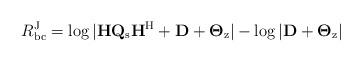
LaTeX: \begin{align*}R_\mathrm{bc}^{\rm J} = \log{|\mathbf{H}\mathbf{Q}_\mathrm{s}\mathbf{H}^\mathrm{H}+ \mathbf{D} +\mathbf{\Theta}_\mathrm{z}|} -\log{|\mathbf{D}+\mathbf{\Theta}_\mathrm{z}|}\end{align*}